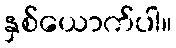
နှစ်ယောက်ပါ။